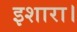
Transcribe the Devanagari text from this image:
इशारा।